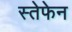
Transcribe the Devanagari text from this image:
स्तेफेन